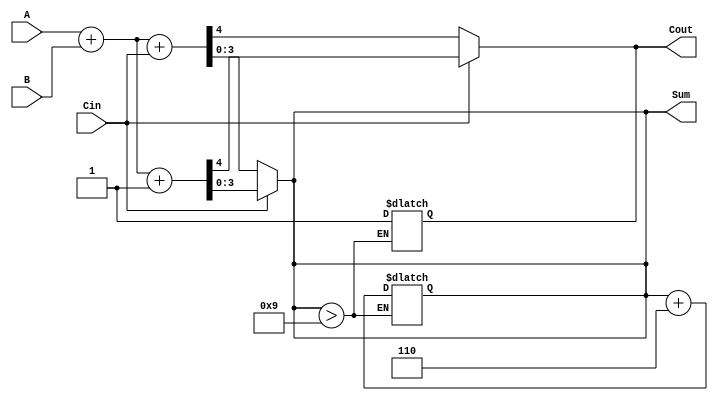
module BCD_MCSA (
    input [3:0] A,      // First BCD input
    input [3:0] B,      // Second BCD input
    input Cin,          // Carry-in
    output reg [3:0] Sum,  // BCD Sum output
    output reg Cout      // Carry-out
);

    wire [4:0] sum0, sum1;  // Intermediate sums
    wire C0, C1;            // Carry signals for paths
    wire [3:0] corrected_sum; // Corrected sum after BCD adjustment

    // Binary addition without BCD correction
    assign sum0 = A + B + Cin; // Path for carry-in = 0
    assign sum1 = A + B + 1;   // Path for carry-in = 1

    // Carry outputs for both paths
    assign C0 = sum0[4]; // Carry out for sum0
    assign C1 = sum1[4]; // Carry out for sum1

    // Select the appropriate sum based on Cin
    always @(*) begin
        if (Cin == 0) begin
            Sum = sum0[3:0]; // Take sum0 if Cin is 0
            Cout = C0;       // Carry out from sum0
        end else begin
            Sum = sum1[3:0]; // Take sum1 if Cin is 1
            Cout = C1;       // Carry out from sum1
        end
    end

    // BCD Correction logic
    always @(*) begin
        // Check if the sum exceeds BCD (greater than 9)
        if (Sum > 9) begin
            corrected_sum = Sum + 4'b0110; // Add 6 for BCD correction
            Cout = 1; // Set carry out if correction is applied
        end else begin
            corrected_sum = Sum; // No correction needed
            Cout = Cout;         // Maintain carry out
        end
        
        // Final assignment to the output
        Sum = corrected_sum;
    end

endmodule